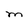
Character: M